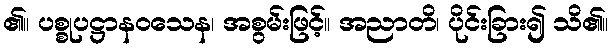
၏။ ပစ္စုပဋ္ဌာနဝသေန၊ အစွမ်းဖြင့်။ အညာတိ၊ ပိုင်းခြား၍ သိ၏။